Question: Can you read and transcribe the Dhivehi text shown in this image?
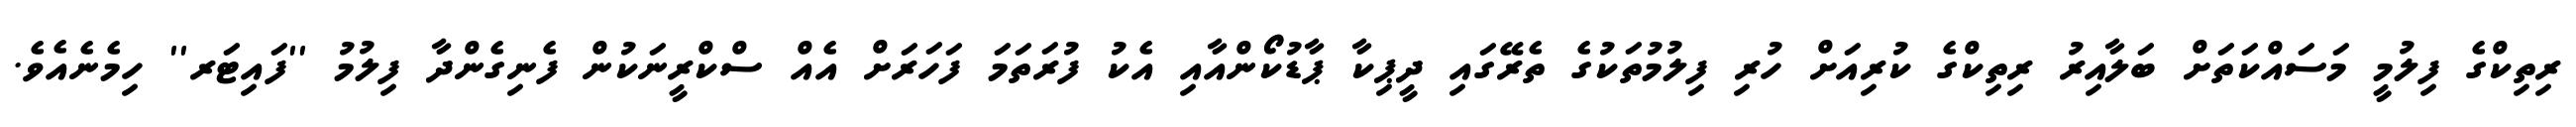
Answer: ރިތިކްގެ ފިލުމީ މަސައްކަތަށް ބަލާއިރު ރިތިކްގެ ކުރިއަށް ހުރި ފިލުމުތަކުގެ ތެރޭގައި ދީޕިކާ ޕާޑުކޯންއާއި އެކު ފުރަތަމަ ފަހަރަށް އެއް ސްކްރީނަކުން ފެނިގެންދާ ފިލުމު ''ފައިޓަރ'' ހިމެނެއެވެ.